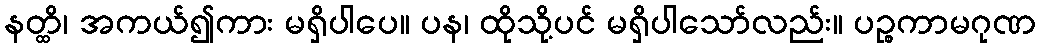
နတ္ထိ၊ အကယ်၍ကား မရှိပါပေ။ ပန၊ ထိုသို့ပင် မရှိပါသော်လည်း။ ပဉ္စကာမဂုဏ